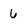
Character: 6